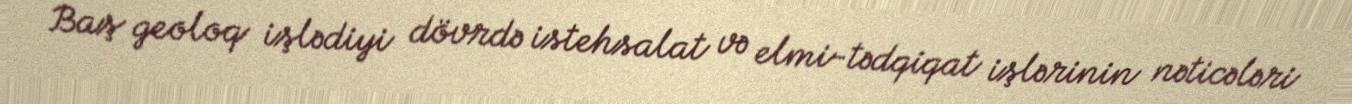
Baş geoloq işlədiyi dövrdə istehsalat və elmi-tədqiqat işlərinin nəticələri